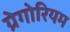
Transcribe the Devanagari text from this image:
ग्रेगोरियम